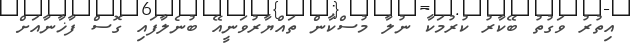
އިތުރު ވަގުތު ބޭކާރު ކުރުމަކާ ނުލާ މުސްކާން ތައްޔާރުވަނީއޭ ބުނެލާފައި ގޮސް ފާޚާނާއަށް